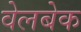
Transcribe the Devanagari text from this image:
वेलबेक